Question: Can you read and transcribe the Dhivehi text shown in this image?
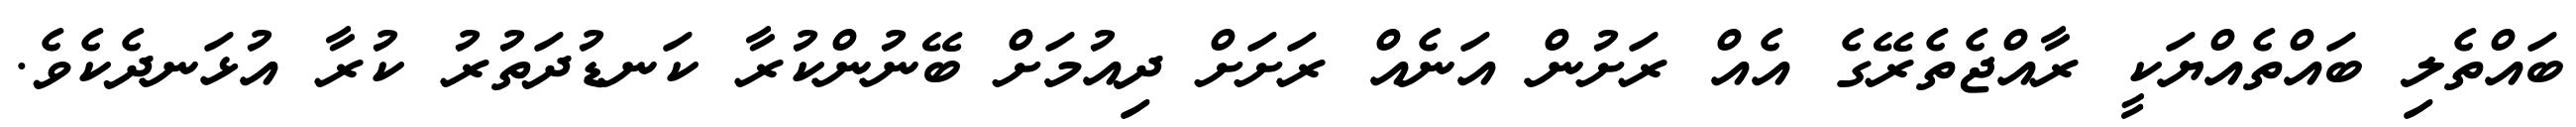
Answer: ބައްތެލި ބައްތެއްޔަކީ ރާއްޖެތެރޭގެ އެއް ރަށުން އަނެއް ރަށަށް ދިއުމަށް ބޭނުންކުރާ ކަނޑުދަތުރު ކުރާ އުޅަނދެކެވެ.